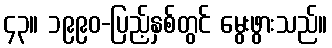
၄၃။ ၁၉၉၀-ပြည့်နှစ်တွင် မွေးဖွားသည်။